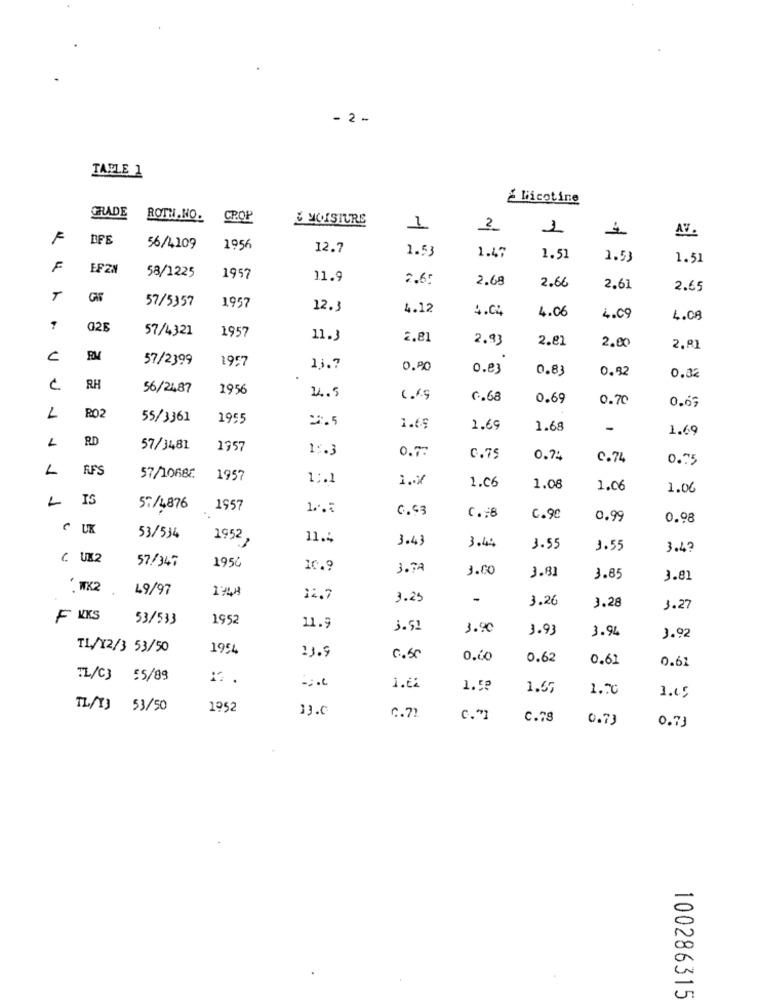
- 2 -
TAPLE 1
¿ Nicotine
GRADE
ROTH. NO.
CROP
&MOISTURE
2
1
F
DFE
ـفـ
AV
56/4109
1956
12.7
1.53
1.47
1.51
1.53
1.51
F
EPZN
58/1225
1957
11.9
2.6:
2.68
2.66
2.61
2.65
T
57/5357
1957
12.3
4.12
4.04
4.06
4.09
4.08
021
57/4321
1957
11.3
2.81
2.93
2.81
2.00
2.81
C
57/2399
1957
1.7
0.0
0.83
0.83
0.92
0.32
RH
56/2487
1956
14.5
0.68
0.69
0.70
RO
0.67
L
55/3361
1955
2.5
1.65
2.69
1.68
-
1.69
RD
57/3481
1757
1.3
0.7:
C.75
0.74
C.74
0.75
L
FFS
57/1068€
1957
1 ;. 1
1.06
1.08
1.06
1.06
-
IS
57/4876
1957
0.53
C .: 6
c.90
0.99
0.98
( UK
53/534
1952,
11.4
3.43
3.44
1.55
1.55
3.4?
C. UK2
57/347
1950
10.9
3.TA
3.00
3.81
3.85
3.81
. WK2
49/97
12.7
3.25
-
3.26
3.28
1.27
F KKS
53/533
1952
11.9
3.51
3.90
3.93
3.94
3.92
TL/12/3 53/50
1994
23.9
C.50
0.60
0.62
0.61
0.67
TL/C3 55/89
1.62
1.58
1.67
1.70
1.45
TL/T3 53/50
1952
33.0
C.72
C."]
C.78
0.73
0.73
100286315